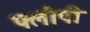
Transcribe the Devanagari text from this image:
फ्लौपी